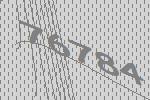
76784